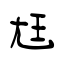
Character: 尪